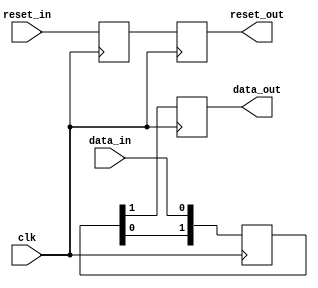
module Synchronizer_with_reset_sync(
    input wire clk,
    input wire reset_in,
    input wire data_in,
    output reg data_out,
    output reg reset_out
);

// Synchronizer block with reset synchronization
reg [1:0] data_sync;
reg reset_sync;

// Clock domain crossing synchronizer
always @(posedge clk) begin
    data_sync <= {data_sync[0], data_in};
end

// Reset synchronization mechanism
always @(posedge clk) begin
    reset_sync <= reset_in;
end

// Output signals synchronized to system clock domain
always @(posedge clk) begin
    data_out <= data_sync[1];
    reset_out <= reset_sync;
end

endmodule